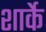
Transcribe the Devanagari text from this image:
शार्के